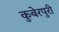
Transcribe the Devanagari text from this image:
कुबेरपुरी